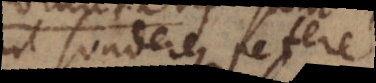
sunt suadere, petere,